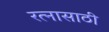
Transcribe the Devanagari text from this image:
रत्‍नासाठी